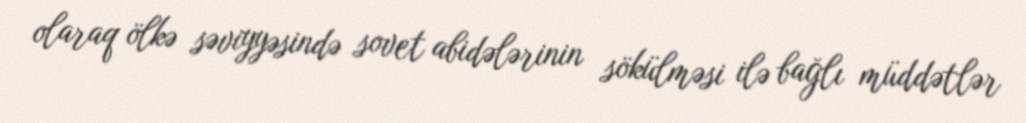
olaraq ölkə səviyyəsində sovet abidələrinin sökülməsi ilə bağlı müddətlər